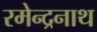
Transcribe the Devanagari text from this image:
रमेन्द्रनाथ